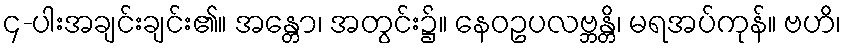
၄-ပါးအချင်းချင်း၏။ အန္တော၊ အတွင်း၌။ နေဝဥပလဗ္ဘန္တိ၊ မရအပ်ကုန်။ ဗဟိ၊